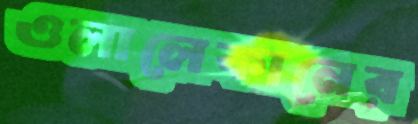
ওলালেকানের